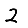
Digit: 2